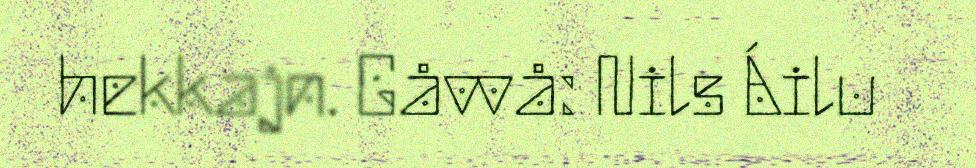
hekkajn. Gåvvå: Nils Áilu